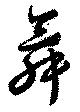
舞